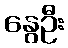
နွေဦး